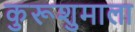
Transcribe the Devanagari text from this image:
कुरूशुमाला